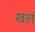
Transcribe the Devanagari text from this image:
खलं